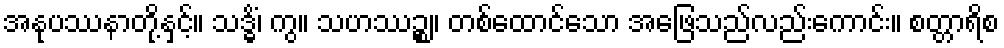
အနုပဿနာတို့နှင့်။ သဒ္ဓိံ၊ ကွ။ သဟဿဉ္စ။ တစ်ထောင်သော အဖြေသည်လည်းကောင်း။ စတ္တာရိစ